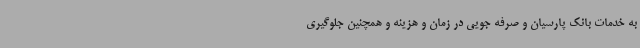
به خدمات بانک پارسیان و صرفه جویی در زمان و هزینه و همچنین جلوگیری